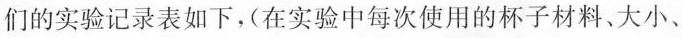
们的实验记录表如下，(在实验中每次使用的杯子材料、大小、